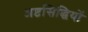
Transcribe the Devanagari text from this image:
अष्टसिद्धियों